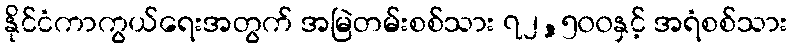
နိုင်ငံကာကွယ်ရေးအတွက် အမြဲတမ်းစစ်သား ၇၂,၅၀၀နှင့် အရံစစ်သား